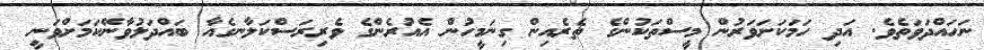
ނަހައްދަވަތެވެ. އަދި ހަމަކަށަވަރުން މީސްތަކުންގެ ތެރެއިން ގިނަމީހުން އެއުރެންގެ ވެރިރަސްކަލާނގެއާ ބައްދަލުވާނޭކަމަށްވަނީ